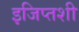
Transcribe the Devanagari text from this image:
इजिप्तशी